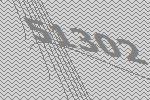
51302